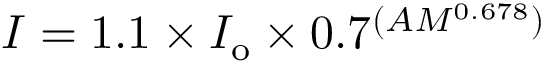
I = 1 . 1 \times I _ { \mathrm { o } } \times 0 . 7 ^ { ( A M ^ { 0 . 6 7 8 } ) }